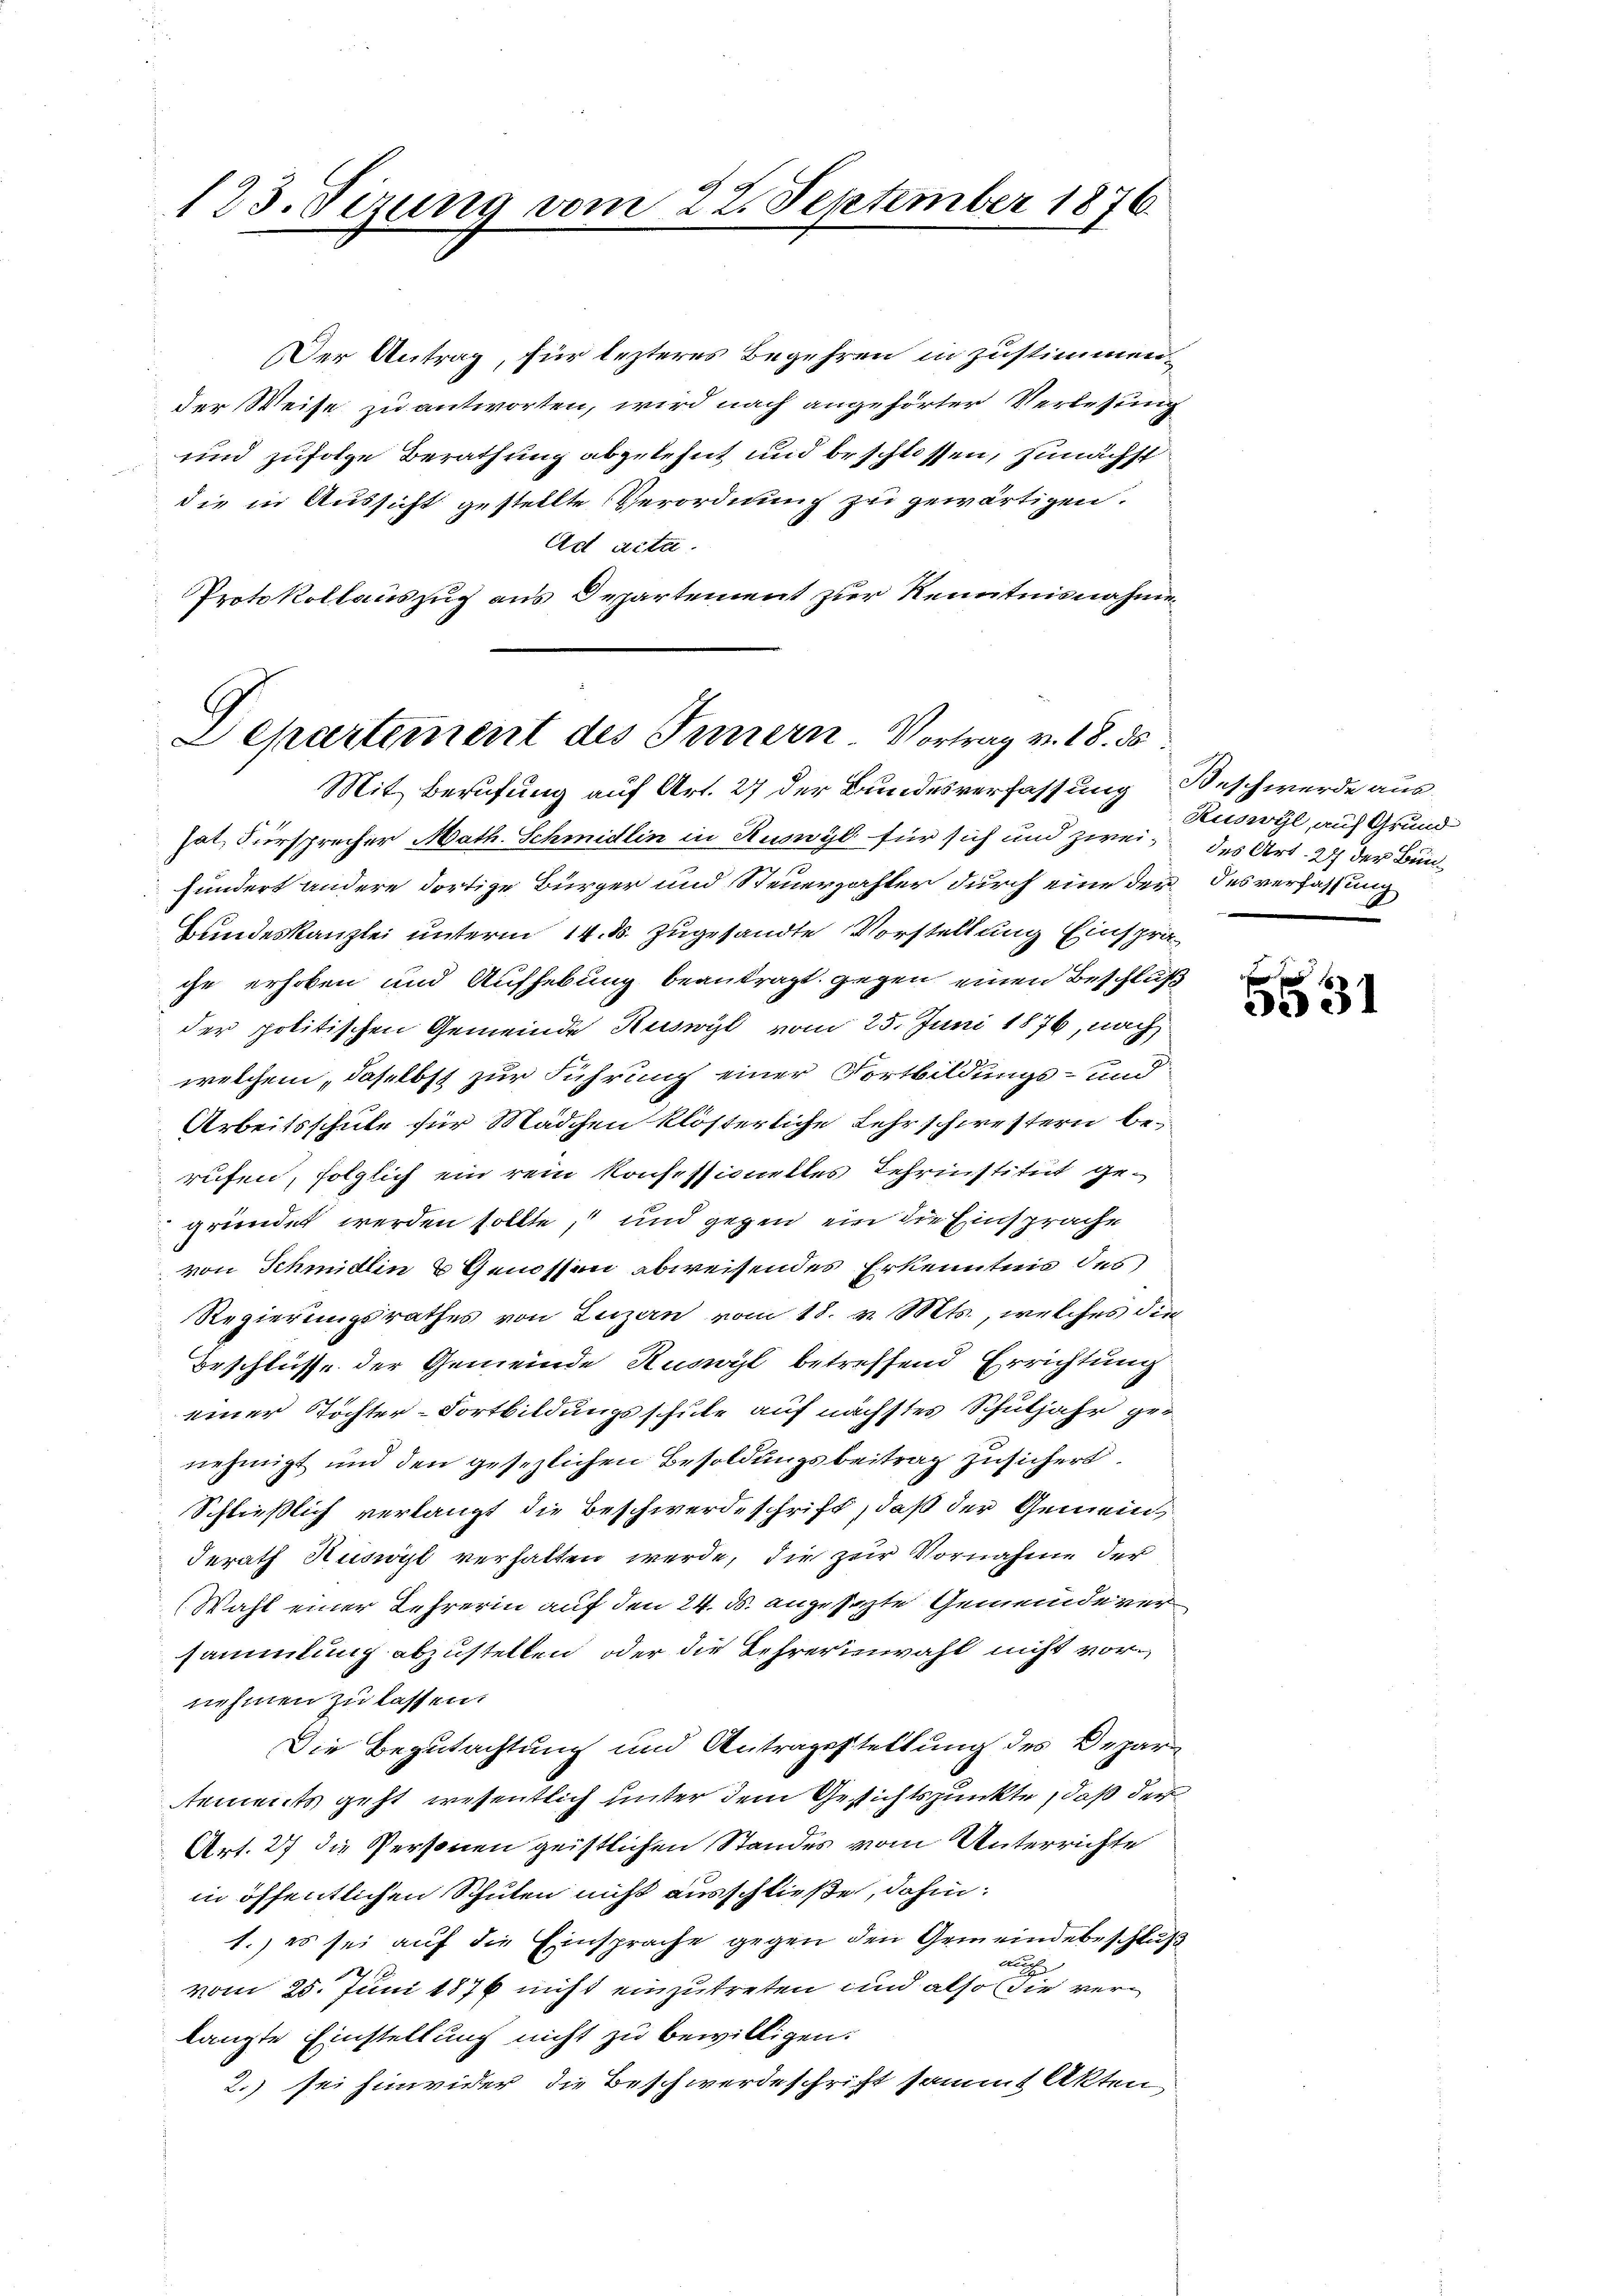
123. Sizung vom 22. September 1876.

Der Antrag, für lezteres Begehren in zustimmen.
der Weise zu antworten, wird nach angehörter Verlesung
und zufolge Berathung abgelehnt und beschlossen, zunächst
die in Aussicht gestellte Verordnung zu gewärtigen.
Ad acta.
Protokollauszug aus Departement zur Kenntnisnahme

Departement des Innern Vortrag v. 18. ds
Mit Berufung auf Art. 27 der Bundesverfassung Beschwerde aus¬

hat Fürsprecher Math. Schmidlin in Ruswyl für sich und zweihundert andere dortige Bürger und Steuerzahler durch eine der des verfassung
Bundeskanzlei unterm 14. ds. zugesandte Vorstellung Einspräche erhoben und Aufhebung beantragt, gegen einen Beschluß
der politischen Gemeinde Ruswyl vom 25. Juni 1876, nach
welchem, daselbst zur Führung einer Fortbildungs- und
Arbeitsschule für Mädchen klösterliche Lehrschwestern berufen, folglich ein rein Konsessionelles Lehrinstitut gegründet werden sollte, und gegen ein die Einsprache
von Schmidlin & Genossen abweisendes Erkenntnis des
Regierungsrathes von Luzern vom 18. v. Mts., welches die¬
Beschlüsse der Gemeinde Ruswyl betreffend Errichtung
einer Tochter-Fortbildungsschule auf nächstes Schuljahr genehmigt und den gesezlichen Besoldungsbeitrag zusichert.
Schließlich verlangt die Beschwerdeschrift, daß der Gemeinderath Ruswyl verhalten werde, die zur Vornahme der
Wahl einer Lehrerin auf den 24. ds. angesagte Gemeinderer
sammlung abzustellen oder die Lehrerinwahl nicht vornehmen zu lassen.
Die Begutachtung und Antragestellung des Deparements geht wesentlich unter dem Gesichtspunkte, daß der
Art. 27 die Personen geistlichen Standes vom Unterrichte
in öffentlichen Schulen nicht ausschließe, dahin:
1.) es sei auf die Einsprache gegen den Gemeindebeschluß
a
2
vom 25. Juni 1876 nicht einzutreten und also die verlangte Einstellung nicht zu bewilligen.
2.) sei hinwider die Beschwerdeschrift sammt Akten

Ruswyl, auf Grund
des Art. 27 der Bun¬
|

u
351